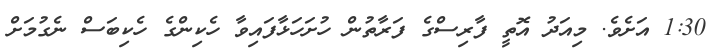
1:30 އަށެވެ. މިއަދު އޮތީ ފާރިސްގެ ފަރާތުން ހުށަހަޅާފައިވާ ހެކިންގެ ހެކިބަސް ނެގުމަށް